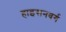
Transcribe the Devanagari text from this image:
हाइसनवर्ग